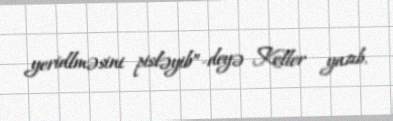
yeridlməsini pisləyib”-deyə Keller yazıb.